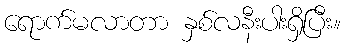
ရောက်မလာတာ နှစ်လနီးပါးရှိပြီး။